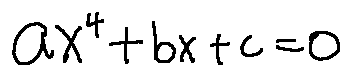
a x ^ { 4 } + b x + c = 0